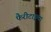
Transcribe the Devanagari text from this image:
फैरीटाइमा